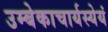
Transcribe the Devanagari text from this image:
उम्बेकाचार्यस्येयं